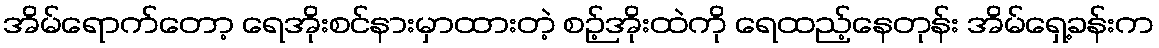
အိမ်ရောက်တော့ ရေအိုးစင်နားမှာထားတဲ့ စဉ့်အိုးထဲကို ရေထည့်နေတုန်း အိမ်ရှေ့ခန်းက